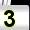
Digit: 3